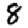
Digit: 8